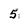
Character: 5